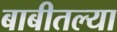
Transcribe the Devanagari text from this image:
बाबीतल्या